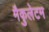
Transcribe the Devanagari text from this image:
मैकुलेटम